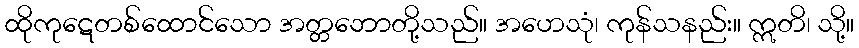
ထိုကုဋေတစ်ထောင်သော အတ္တဘောတို့သည်။ အဟေသုံ၊ ကုန်သနည်း။ ဣတိ၊ သို့။